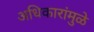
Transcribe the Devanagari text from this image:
अधिकारांमुळे